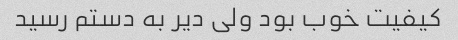
کیفیت خوب بود ولی دیر به دستم رسید